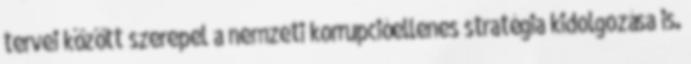
tervei között szerepel a nemzeti korrupcióellenes stratégia kidolgozása is.